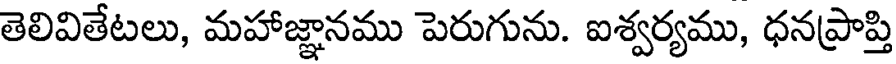
తెలివితేటలు, మహాజ్ఞానము పెరుగును. ఐశ్వర్యము, ధనప్రాప్తి